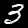
Digit: 3